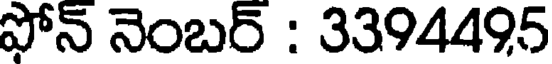
ఫోన్ నెంబర్ : 3394495